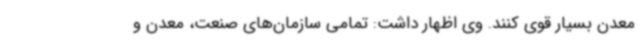
معدن بسیار قوی کنند. وی اظهار داشت: تمامی سازمان‌های صنعت، معدن و